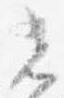
光